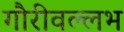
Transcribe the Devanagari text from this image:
गौरीवल्लभ